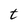
Character: t